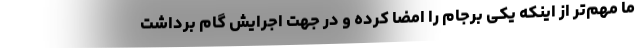
ما مهم‌تر از اینکه یکی برجام را امضا کرده و در جهت اجرایش گام برداشت